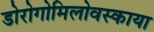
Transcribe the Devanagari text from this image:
डोरोगोमिलोवस्काया